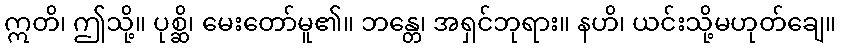
ဣတိ၊ ဤသို့။ ပုစ္ဆိ၊ မေးတော်မူ၏။ ဘန္တေ၊ အရှင်ဘုရား။ နဟိ၊ ယင်းသို့မဟုတ်ချေ။